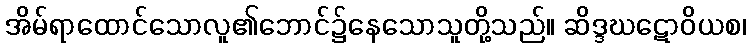
အိမ်ရာထောင်သောလူ၏ဘောင်၌နေသောသူတို့သည်။ ဆိဒ္ဒဃဋောဝိယစ၊